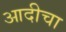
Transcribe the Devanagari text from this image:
आदीचा